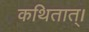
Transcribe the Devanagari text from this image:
कथितात्।